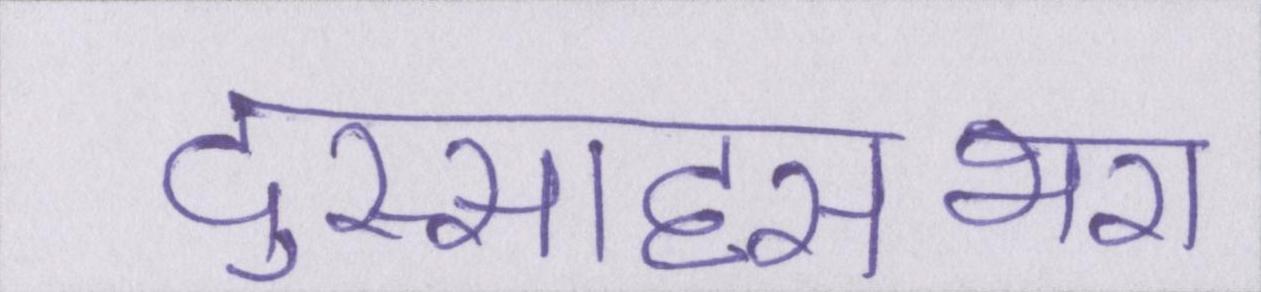
दुस्साहसभरा